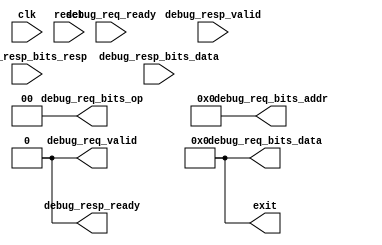
module SimDTM(
  input clk,
  input reset,

  output        debug_req_valid,
  input         debug_req_ready,
  output [ 6:0] debug_req_bits_addr,
  output [ 1:0] debug_req_bits_op,
  output [31:0] debug_req_bits_data,

  input         debug_resp_valid,
  output        debug_resp_ready,
  input  [ 1:0] debug_resp_bits_resp,
  input  [31:0] debug_resp_bits_data,

  output [31:0] exit
);

  assign  debug_req_valid = 1'h0;
  assign  debug_req_bits_addr = 7'h00;
  assign  debug_req_bits_op = 2'h0;
  assign  debug_req_bits_data = 32'h00000000;
  assign  debug_resp_ready = 1'h0;
  assign  exit = 32'h00000000;

endmodule